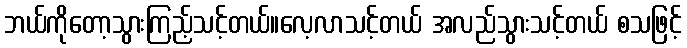
ဘယ်ကိုတော့သွားကြည့်သင့်တယ်။လေ့လာသင့်တယ် အလည်သွားသင့်တယ် စသဖြင့်